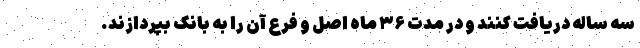
سه ساله دریافت کنند و در مدت ۳۶ ماه اصل و فرع آن را به بانک بپردازند.